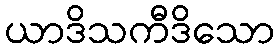
ယာဒိသကီဒိသော